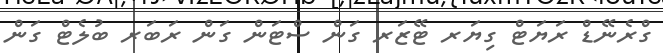
ގްރެނޭޑް ރަޔަޓް ގިޔަރ ޓޭޒަރ ގަން ސްޓަން ގަން ރަބަރ ބުލެޓް ގަން